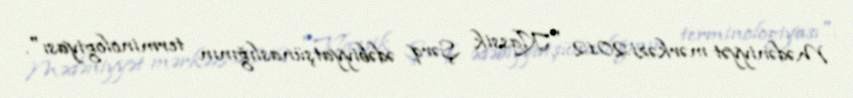
Mədəniyyət mərkəzi.2012 "Klassik Şərq ədəbiyyatşünaslığının terminologiyası".